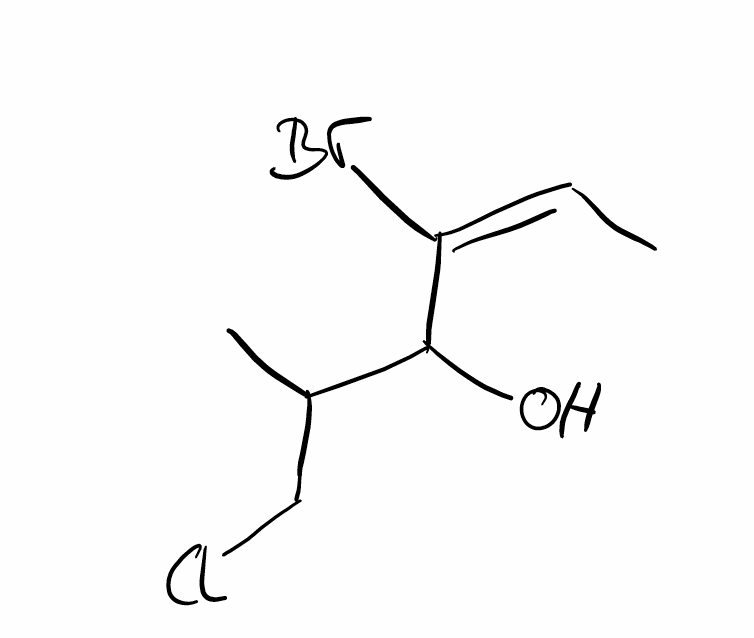
Simplified molecular-input line-entry system (SMILES) notation of the given molecule:
C/C=C(\C(C(C)CCl)O)/Br